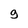
Character: 9